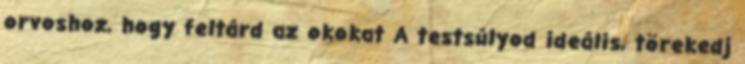
orvoshoz, hogy feltárd az okokat A testsúlyod ideális, törekedj